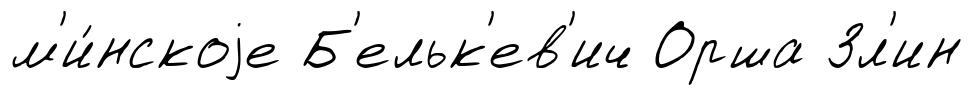
м'и́нскоjе Б'ельк'ев'ич Орша Зл'ин